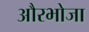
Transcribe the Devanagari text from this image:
औरभोजा